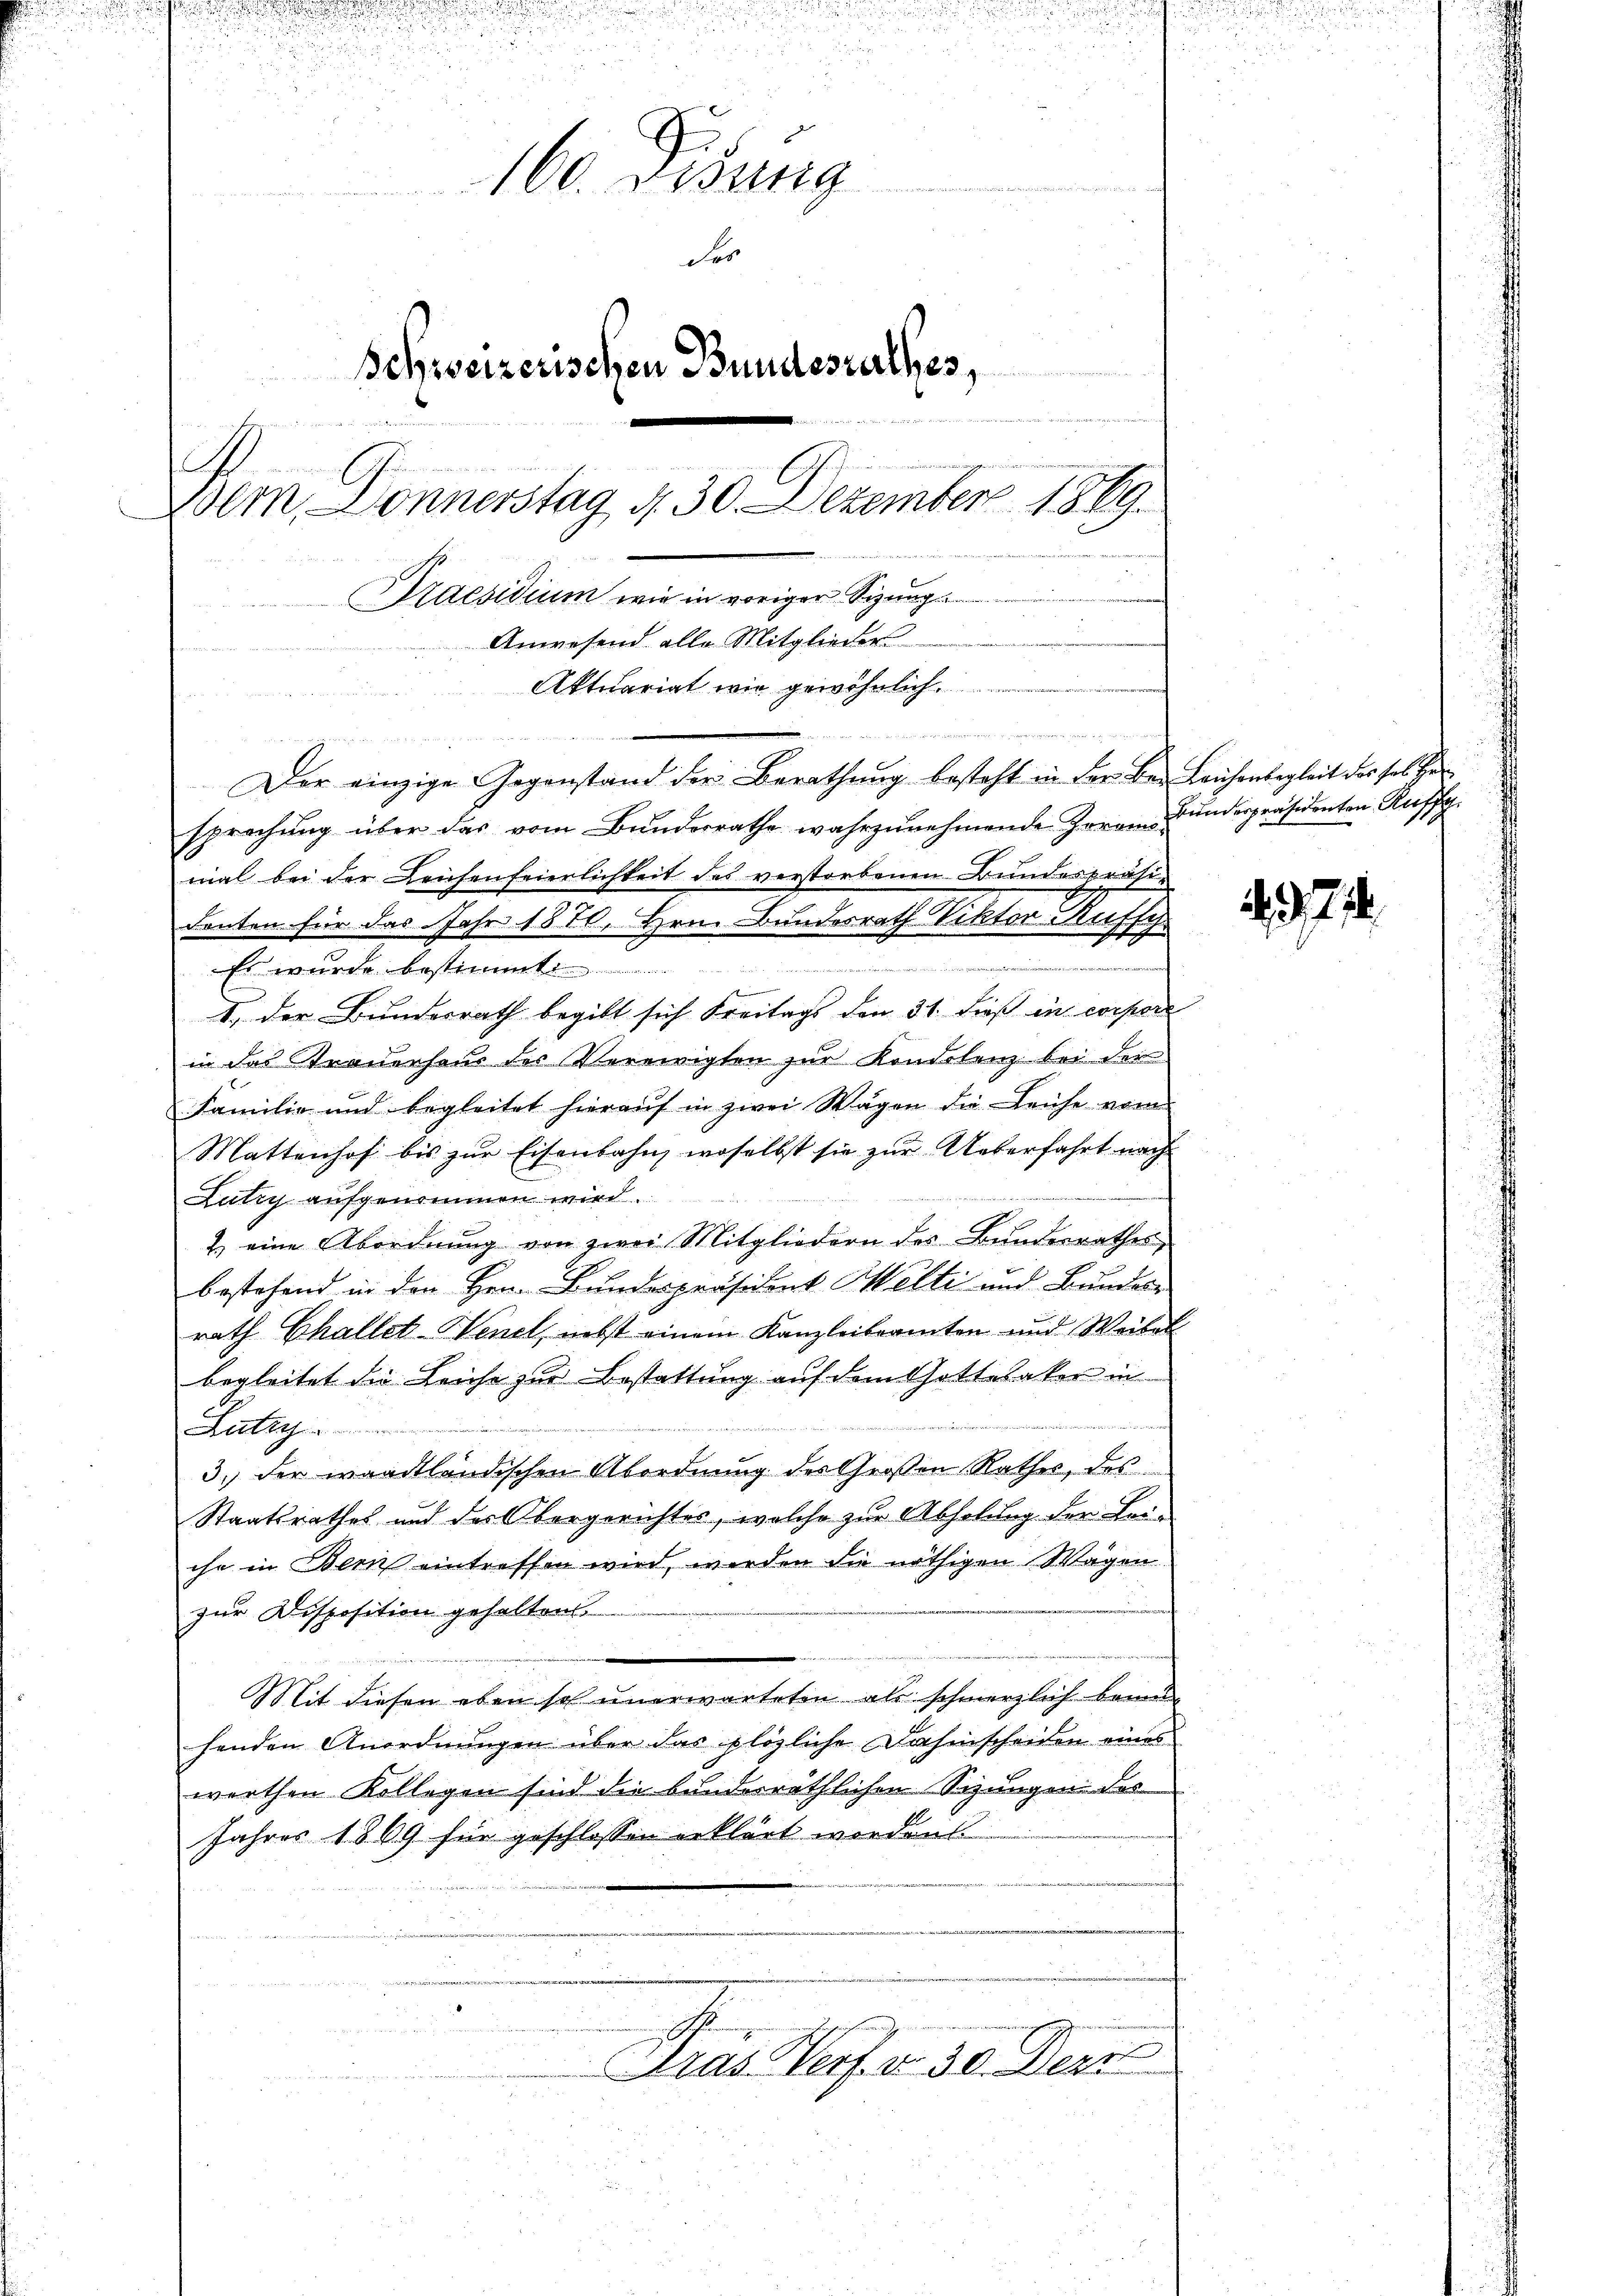
.
u

c
160. Desung
Von der den an derliche Verfalles werden
der
Schweizerischen Bundesrathes,
.
G
Wem, Donnerstag d. 30. Dezember 1869.

Kaesidium wie in voriger Sizungs
Anwesend alle Mitglieder
Aktuariat wir gewöhnlich
 gegen

Der einzige Gegenstand der Berathung besteht in der bei Leichenbegleit des ses Her
sprachŭng über das vom Bŭndesrathe wahrzŭnehmende Herren Bŭndespräsidenten Ruffa
mal bei der Leichenfeierlichkeit des verstorbenen Bundespräsi-
denten für das Jahr 1810. Hrn. Bundesrath Viktor Rufsch

Es wurde bestimmt.
d
I. der Bundesrath begibt sich Freitags den 31. dieß in corpore
in das Strauerhaus des Vereinigten zur Kondolenz bei der
Familie und begleitet hieraŭf in zwei Wagen die Leiche vom
Mattenhof bis zŭr Eisenbahn, woselbst sie zur Ueberfahrt nach
.
Lutry aufgenommen wird.
2) eine Abordnung von zwei Mitgliedern des Bundesrathes
bestehend in den Hrn. Bundespräsident Welti und Bunder
rath Challet-Wenel, nebst einem Kanzleibeamten und Weibel
begleitet die Leiche zur Bestattung auf dem Gottelaker in
e
Lutzy
3. der waadtländischen Abordnung des Großen Rathes, das
Staatsrathes und des Obergerichtes, welche zur Abholung der Lei-
che in Bern eintreffen wird, werden die nöthigen Wagen
zur Disposition gehalten.
Mit diesen eben so unerwarteten als schmerzlich bann
henden Anordnungen über das plözliche Dahinscheiden eines
werthen Kollegen sind die bunderräthlichen Sizungen des
Jahres 1869 für geschlossen erklärt worden.

Fras Verf. v. 30. Der

47